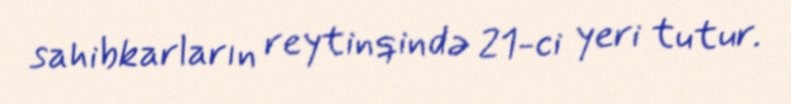
sahibkarların reytinqində 21-ci yeri tutur.